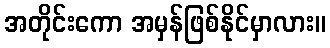
အတိုင်းကော အမှန်ဖြစ်နိုင်မှာလား။